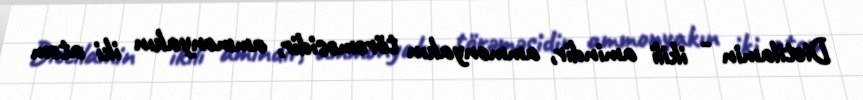
Dietilamin - ikili amindir, ammonyakın törəməsidir, ammonyakın iki atom